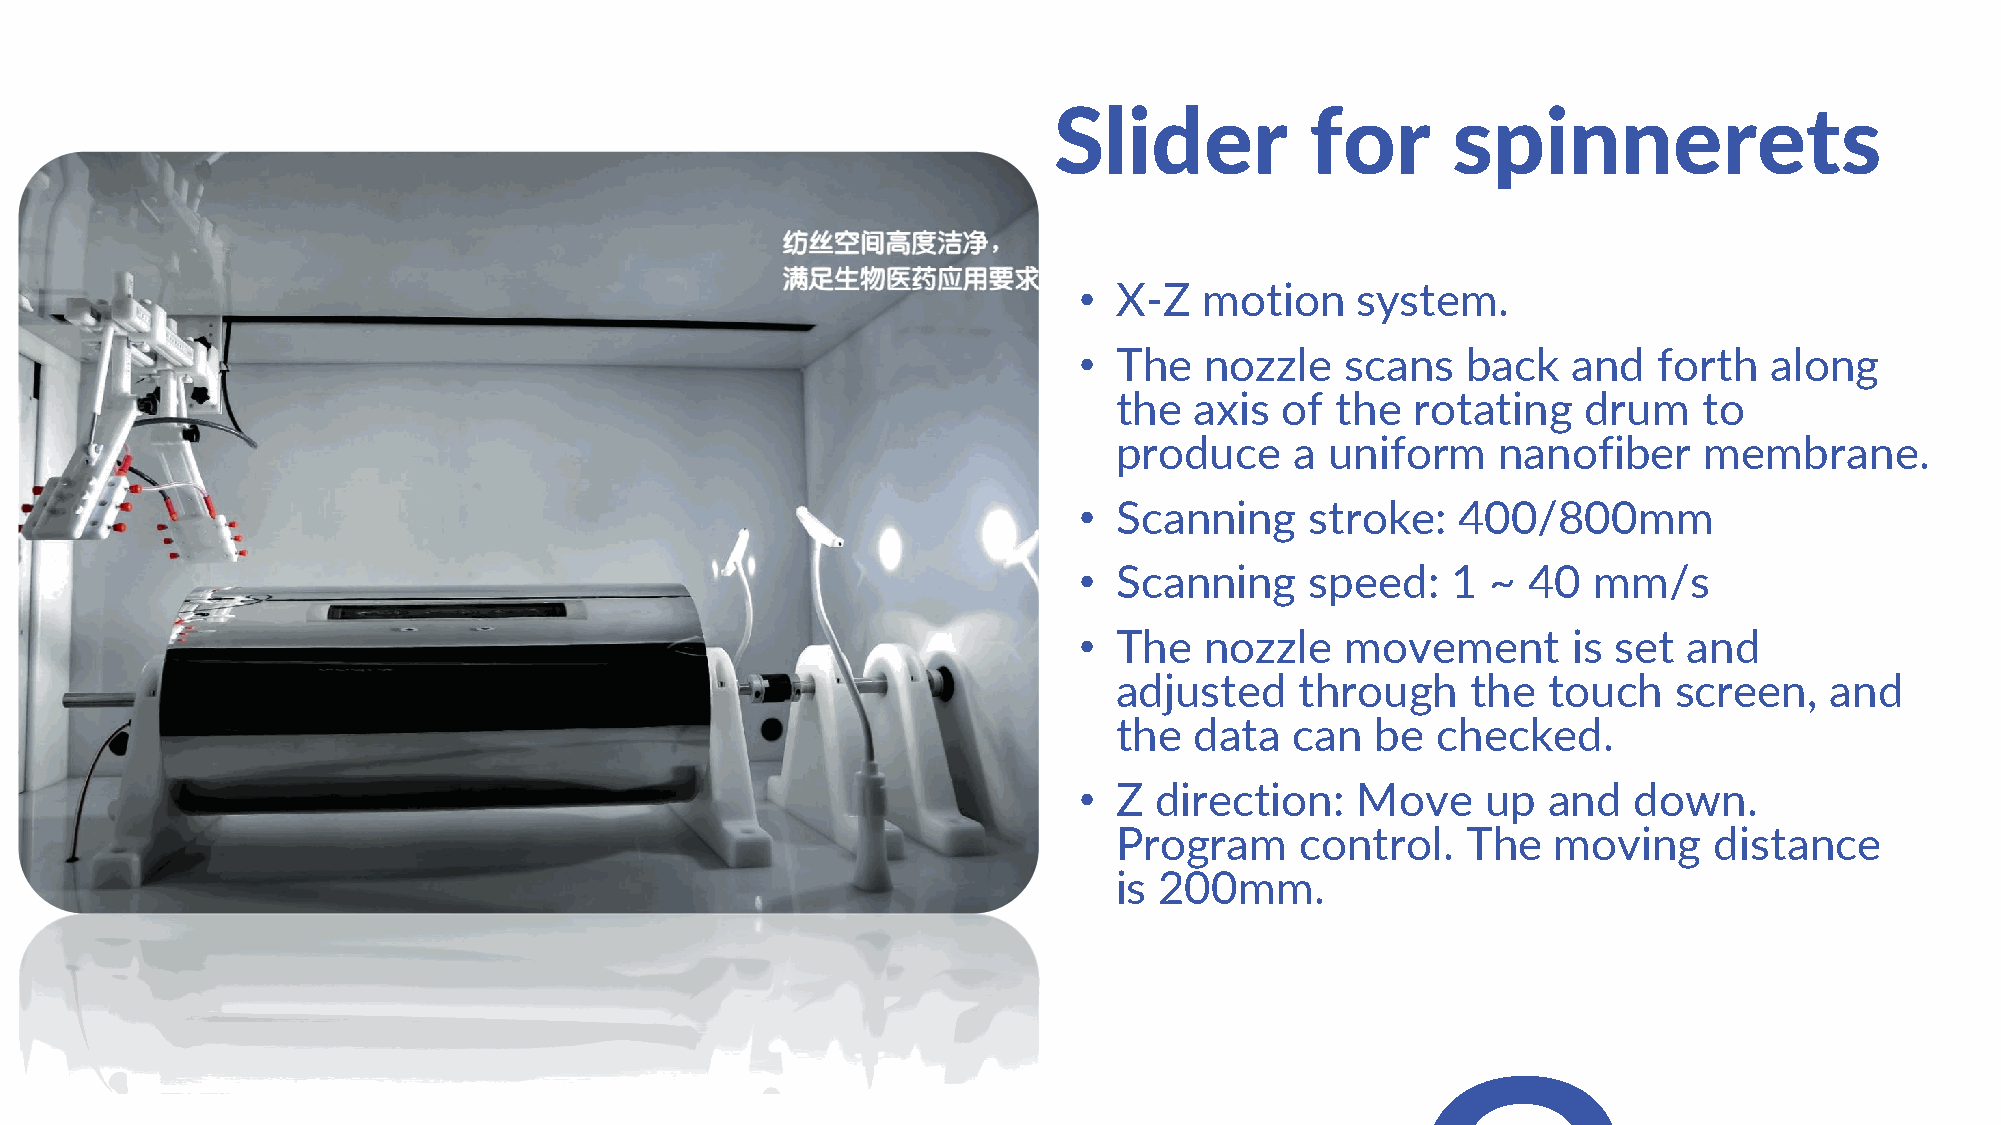
Slider           for      spinnerets
 •  X-Z   motion    system.
 •  The   nozzle   scans   back   and   forth  along
 the  axis  of the   rotating   drum    to
 produce     a uniform    nanofiber     membrane.
 •  Scanning     stroke:   400/800mm
 •  Scanning     speed:   1  ~ 40  mm/s
 •  The   nozzle   movement       is set  and
 adjusted    through    the  touch    screen,   and
 the  data   can  be  checked.
 •  Z direction:    Move    up  and   down.
 Program     control.   The   moving    distance
 is 200mm.